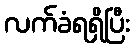
လက်ခံရရှိပြီး